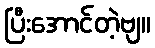
ပြီးအောင်တဲ့ဗျ။